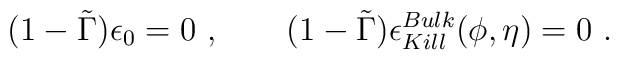
(1- \tilde \Gamma) \epsilon_0   =0\ ,  \qquad  (1- \tilde \Gamma)\epsilon_{Kill}^{Bulk}( \phi, \eta) =0 \ .